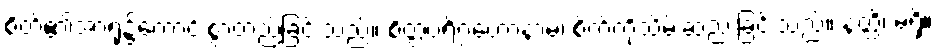
စိတ်၏အာရုံ၌ကောင်းစွာတည်ခြင်းသည်။ စိတ္တပရိဂ္ဂဟောနာမ၊ စိတ်ကိုသိမ်းဆည်းခြင်းသည်။ နတ္ထိ၊ မရှိ။